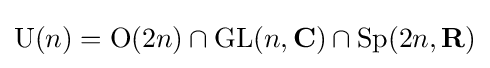
\operatorname {U} (n)=\operatorname {O} (2n)\cap \operatorname {GL} (n,\mathbf {C} )\cap \operatorname {Sp} (2n,\mathbf {R} )